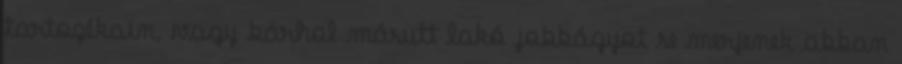
tartozékain, vagy bárhol másutt lakó jobbágyot se merjenek abban